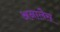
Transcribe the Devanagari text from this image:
अनालैस